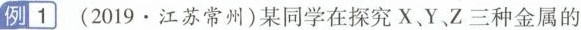
例1 (2019·江苏常州)某同学在探究X、Y、Z三种金属的